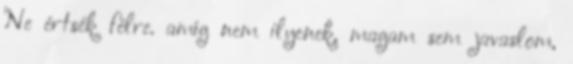
Ne értsék félre. amíg nem ilyenek, magam sem javaslom,